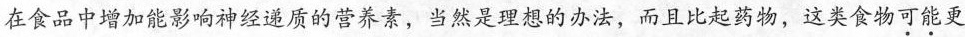
在食品中增加能影响神经递质的营养素，当然是理想的办法，而且比起药物，这类食物可能更